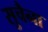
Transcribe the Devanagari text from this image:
सुचैना